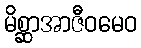
မိစ္ဆာအာဇီဝမေဝ